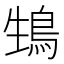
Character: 䲼